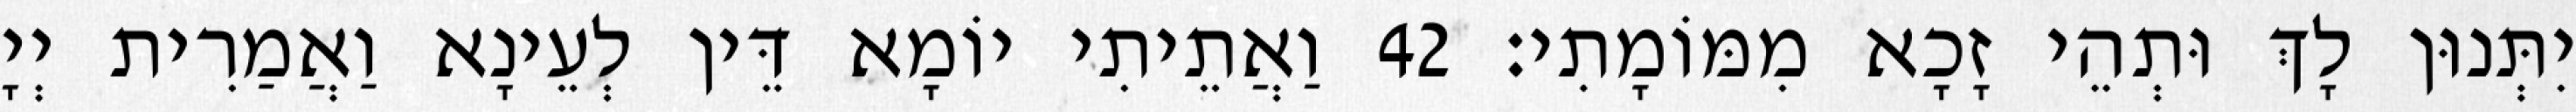
יִתְּנוּן לָךְ וּתְהֵי זָכָא מִמּוֹמָתִי׃ 42 וַאֲתֵיתִי יוֹמָא דֵּין לְעֵינָא וַאֲמַרִית יְיָ